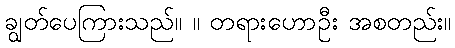
ချွတ်ပေကြားသည်။ ။ တရားဟောဦး အစတည်း။